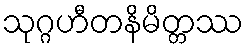
သုဂ္ဂဟီတနိမိတ္တဿ